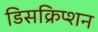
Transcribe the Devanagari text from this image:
डिसक्रिप्शन